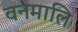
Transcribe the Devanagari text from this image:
वनमालि